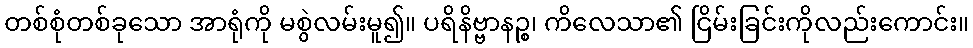
တစ်စုံတစ်ခုသော အာရုံကို မစွဲလမ်းမူ၍။ ပရိနိဗ္ဗာနဉ္စ၊ ကိလေသာ၏ ငြိမ်းခြင်းကိုလည်းကောင်း။